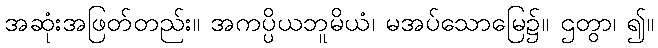
အဆုံးအဖြတ်တည်း။ အကပ္ပိယဘူမိယံ၊ မအပ်သောမြေ၌။ ဌတွာ၊ ၍။